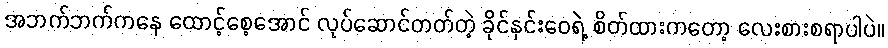
အဘက်ဘက်ကနေ ထောင့်စေ့အောင် လုပ်ဆောင်တတ်တဲ့ ခိုင်နှင်းဝေရဲ့ စိတ်ထားကတော့ လေးစားစရာပါပဲ။